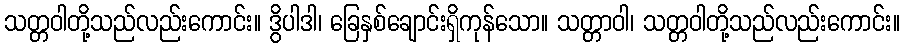
သတ္တဝါတို့သည်လည်းကောင်း။ ဒွိပါဒါ၊ ခြေနှစ်ချောင်းရှိကုန်သော။ သတ္တာဝါ၊ သတ္တဝါတို့သည်လည်းကောင်း။